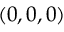
( 0 , 0 , 0 )